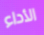
الأداء